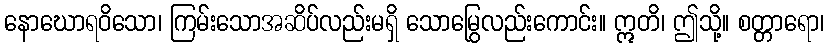
နောဃောရဝိသော၊ ကြမ်းသောအဆိပ်လည်းမရှိ သောမြွေလည်းကောင်း။ ဣတိ၊ ဤသို့။ စတ္တာရော၊